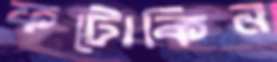
ফটোকিন